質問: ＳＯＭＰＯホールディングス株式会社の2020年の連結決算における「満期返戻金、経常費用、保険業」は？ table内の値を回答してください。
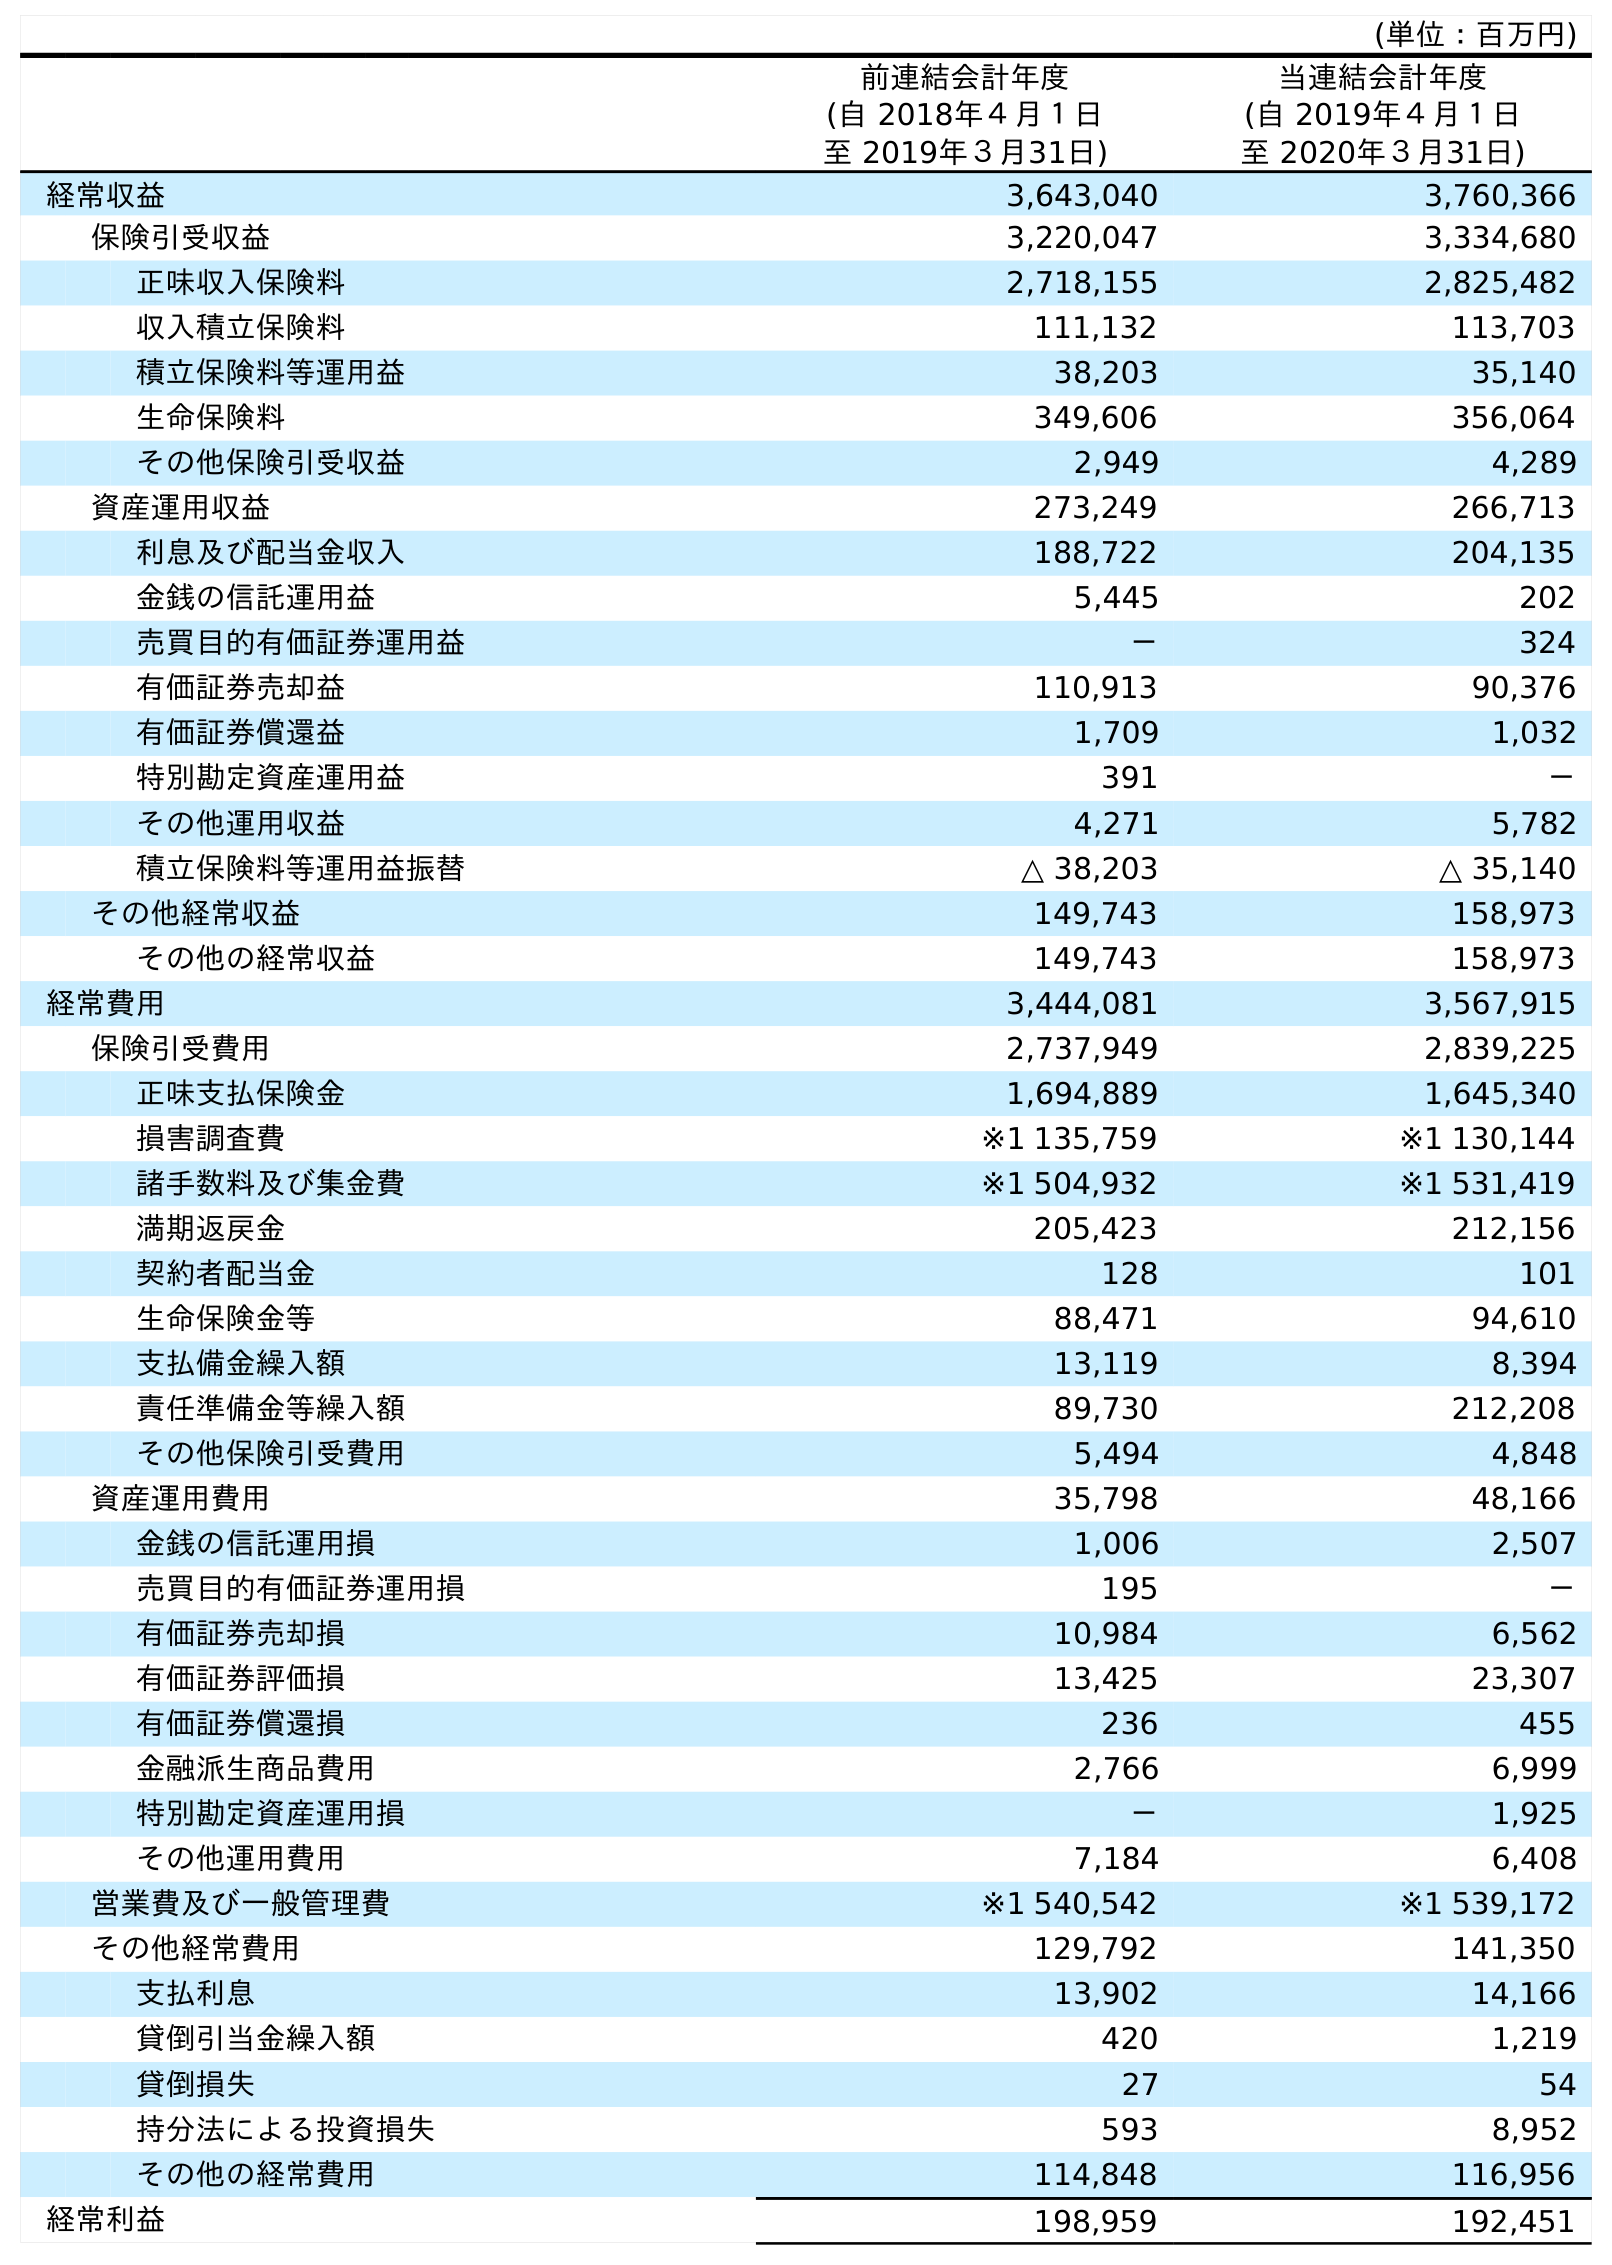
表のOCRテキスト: (単位：百万円) 前連結会計年度 (自 2018年４月１日 至 2019年３月31日) 当連結会計年度 (自 2019年４月１日 至 2020年３月31日) 経常収益 3,643,040 3,760,366 保険引受収益 3,220,047 3,334,680 正味収入保険料 2,718,155 2,825,482 収入積立保険料 111,132 113,703 積立保険料等運用益 38,203 35,140 生命保険料 349,606 356,064 その他保険引受収益 2,949 4,289 資産運用収益 273,249 266,713 利息及び配当金収入 188,722 204,135 金銭の信託運用益 5,445 202 売買目的有価証券運用益 － 324 有価証券売却益 110,913 90,376 有価証券償還益 1,709 1,032 特別勘定資産運用益 391 － その他運用収益 4,271 5,782 積立保険料等運用益振替 △ 38,203 △ 35,140 その他経常収益 149,743 158,973 その他の経常収益 149,743 158,973 経常費用 3,444,081 3,567,915 保険引受費用 2,737,949 2,839,225 正味支払保険金 1,694,889 1,645,340 損害調査費 ※1 135,759 ※1 130,144 諸手数料及び集金費 ※1 504,932 ※1 531,419 満期返戻金 205,423 212,156 契約者配当金 128 101 生命保険金等 88,471 94,610 支払備金繰入額 13,119 8,394 責任準備金等繰入額 89,730 212,208 その他保険引受費用 5,494 4,848 資産運用費用 35,798 48,166 金銭の信託運用損 1,006 2,507 売買目的有価証券運用損 195 － 有価証券売却損 10,984 6,562 有価証券評価損 13,425 23,307 有価証券償還損 236 455 金融派生商品費用 2,766 6,999 特別勘定資産運用損 － 1,925 その他運用費用 7,184 6,408 営業費及び一般管理費 ※1 540,542 ※1 539,172 その他経常費用 129,792 141,350 支払利息 13,902 14,166 貸倒引当金繰入額 420 1,219 貸倒損失 27 54 持分法による投資損失 593 8,952 その他の経常費用 114,848 116,956 経常利益 198,959 192,451
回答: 212,156